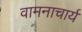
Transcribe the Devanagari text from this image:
वामनाचार्य